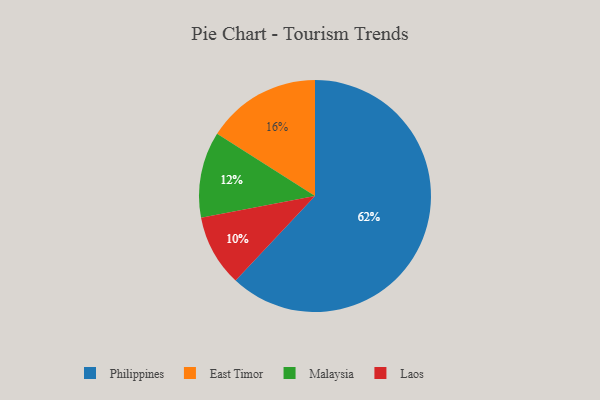
{"axis": {"x": "Category", "y": "Percentage"}, "legend": ["East Timor", "Laos", "Malaysia", "Philippines"], "data": [{"x": "Philippines", "y": 62, "type": "Philippines"}, {"x": "Malaysia", "y": 12, "type": "Malaysia"}, {"x": "East Timor", "y": 16, "type": "East Timor"}, {"x": "Laos", "y": 10, "type": "Laos"}]}